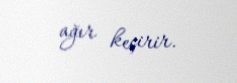
ağır keçirir.